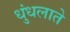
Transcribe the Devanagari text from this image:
धुंधलाते